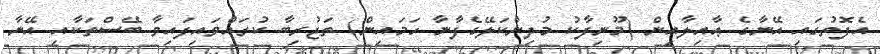
އެފޮތުގައި އޭނާގެ ޢާއިލާއިން (މޫނިފާކު މުދިންކަލޭގެފާނާ ހަމައިން) ތަޖުރިބާ ކުރައްވައިފައިވާ ބޭސްތަކާއި އޭނާ